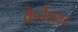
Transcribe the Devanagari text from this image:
केर्नेलवर